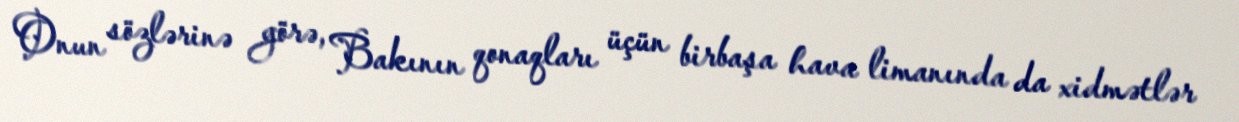
Onun sözlərinə görə, Bakının qonaqları üçün birbaşa hava limanında da xidmətlər